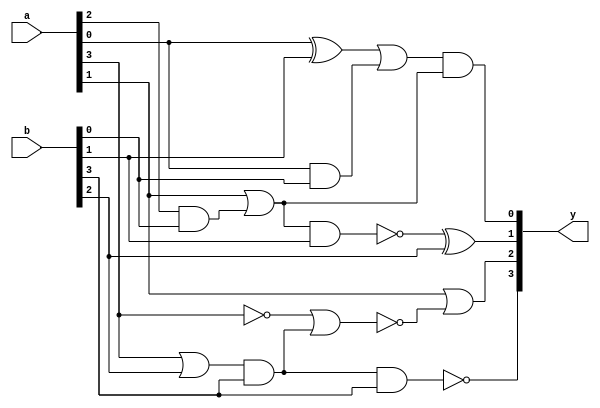
module new_test_3(y,a,b);

input [3:0] a,b;
output [3:0] y;
wire [9:0] w;

xor xor_1(w[0],a[0],b[1]);
and and_4(w[9],a[0],b[0]);

or or_1(w[1],w[0],w[9]);

and and_1(w[2],a[2],b[0]);
or or_2(w[3],a[1],w[2]);
and and_2(y[0],w[1],w[3]);
nand nand_1(w[4],w[3],b[1]);
xor xor_2(y[1],w[4],b[2]);
or or_3(w[5],a[3],b[2]);
and and_3(w[7],w[5],b[3]);

not not_1(w[8],a[3]);

nor nor_1(w[6],w[8],w[7]);
or or_4(y[2],a[1],w[6]);
nand nand_2(y[3],w[7],b[3]);

endmodule